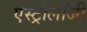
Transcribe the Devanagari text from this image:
एस्‍ट्रोलॉजी